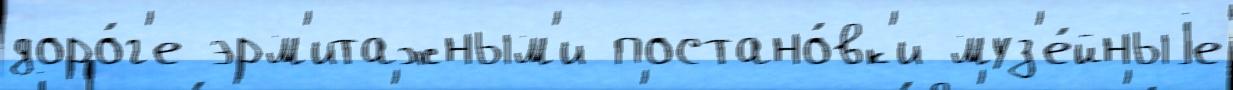
доро́г'е эрм'итажным'и постано́вк'и муз'е́йныjе